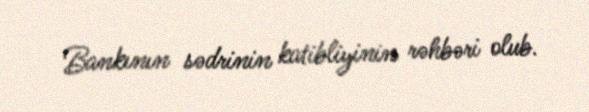
Bankının sədrinin katibliyinin rəhbəri olub.